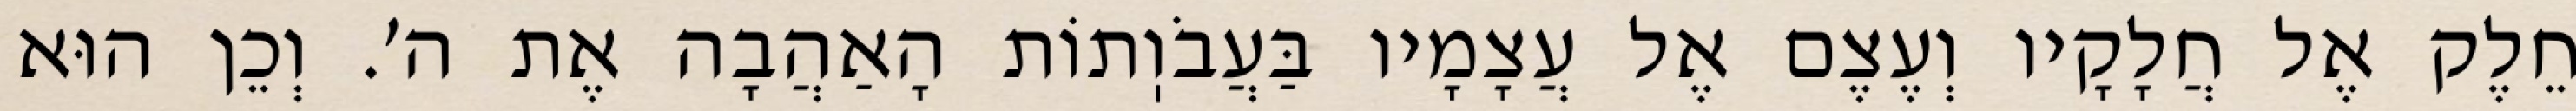
חֵלֶק אֶל חֲלָקָיו וְעֶצֶם אֶל עֲצָמָיו בַּעֲבֹוֽתוֹת הָאַהֲבָה אֶת ה׳. וְכֵן הוּא